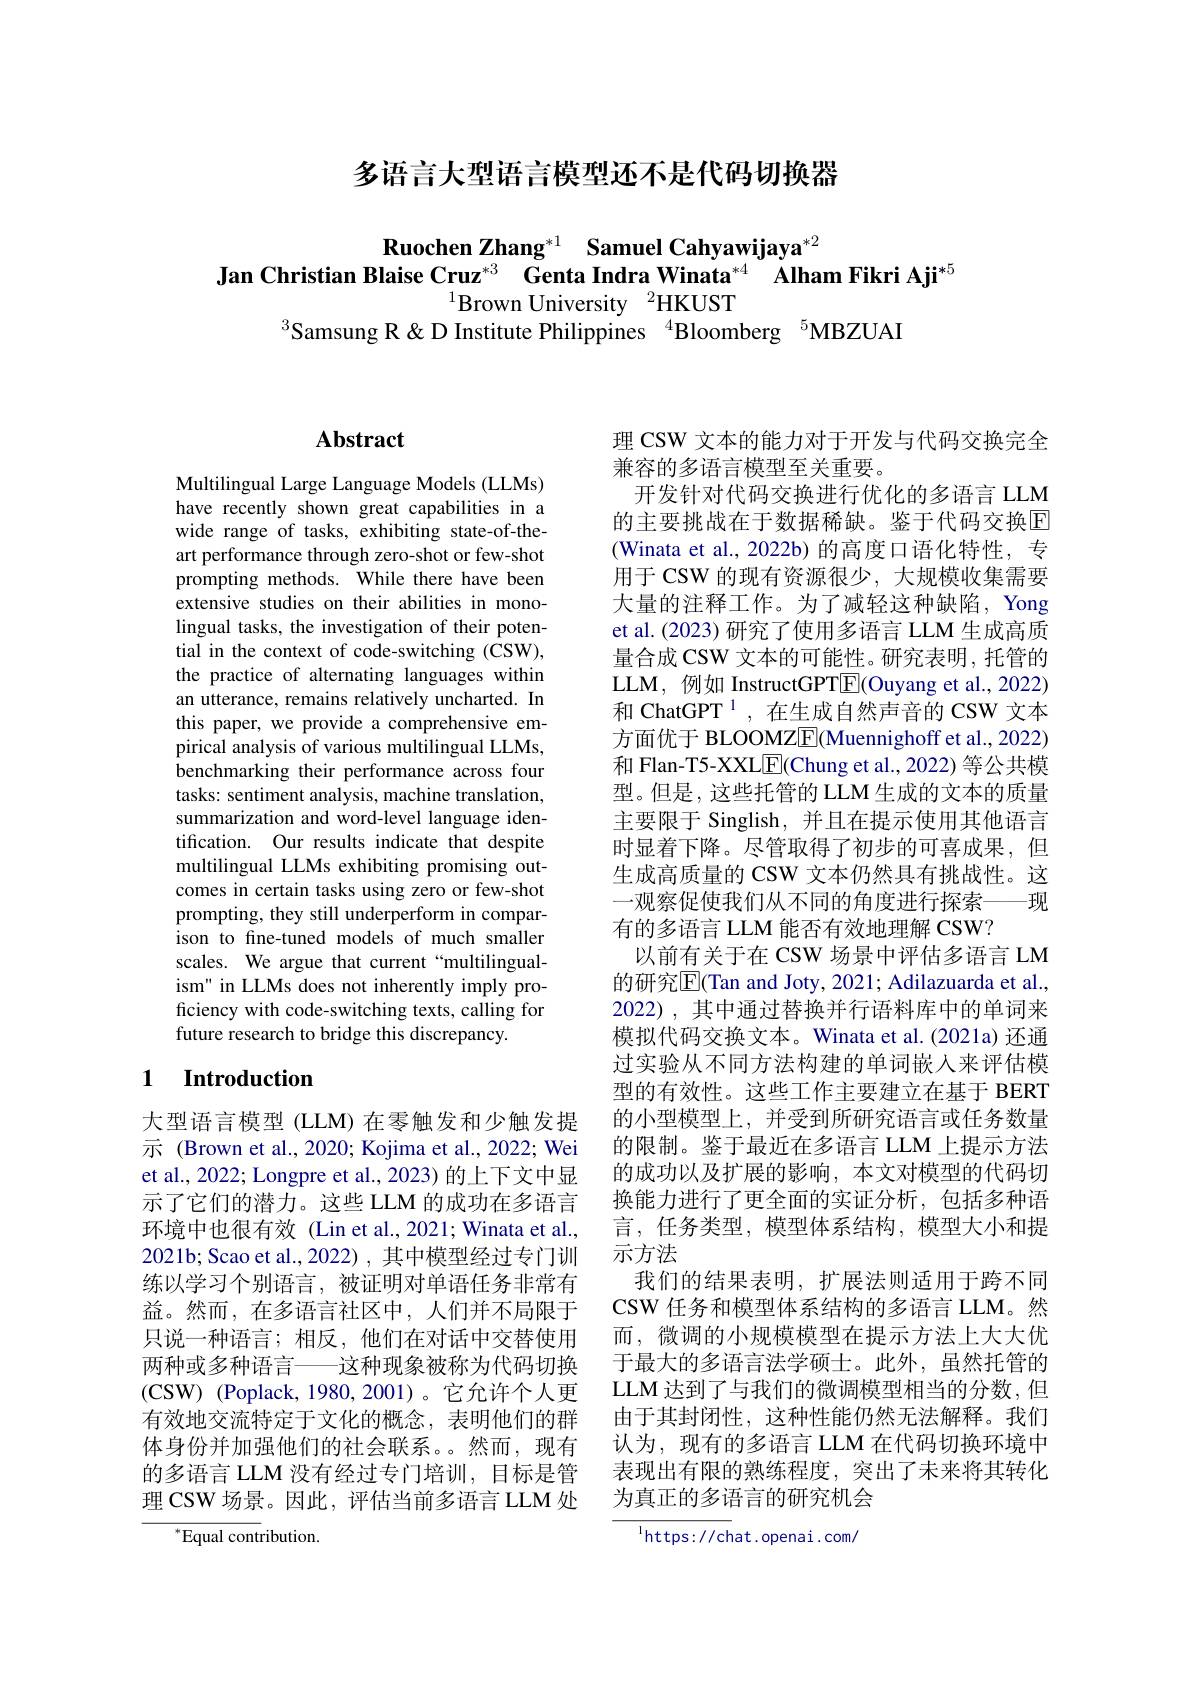
多语言大型语言模型还不是代码切换器

Ruochen Zhang$^{*1}$ Samuel Cahyawijaya$^{*2}$
Jan Christian Blaise Cruz$^{*3}$ Genta Indra Winata$^{*4}$ Alham Fikri Aji$^{*5}$
$^{1}$Brown University$^2$HKUST
$^{3}$Samsung R &D Institute Philippines$^{4}$Bloomberg$^{5}$MBZUAI

# Abstract

Multilingual Large Language Models (LLMs) have recently shown great capabilities in a wide range of tasks, exhibiting state-of-theart performance through zero-shot or few-shot prompting methods. While there have been extensive studies on their abilities in monolingual tasks, the investigation of their potential in the context of code-switching (CSW), the practice of alternating languages within an utterance, remains relatively uncharted. In this paper, we provide a comprehensive empirical analysis of various multilingual LLMs, benchmarking their performance across four tasks: sentiment analysis, machine translation, summarization and word-level language identification. Our results indicate that despite multilingual LLMs exhibiting promising outcomes in certain tasks using zero or few-shot prompting, they still underperform in comparison to fine-tuned models of much smaller scales. We argue that current“multilingualism" in LLMs does not inherently imply proficiency with code-switching texts, calling for future research to bridge this discrepancy.

## 1 $\textbf{Introduction}$

大型语言模型 (LLM) 在零触发和少触发提示 (Brown et al., 2020; Kojima et al., 2022; Wei et al., 2022; Longpre et al., 2023) 的上下文中显示了它们的潜力。这些 LLM 的成功在多语言环境中也很有效(Lin et al.,2021; Winata et al., 2021b; Scao et al., 2022) , 其中模型经过专门训练以学习个别语言，被证明对单语任务非常有益。然而，在多语言社区中，人们并不局限于只说一种语言；相反，他们在对话中交替使用两种或多种语言——这种现象被称为代码切换(CSW) (Poplack, 1980, 2001)。它允许个人更有效地交流特定于文化的概念，表明他们的群体身份并加强他们的社会联系。然而，现有的多语言 LLM 没有经过专门培训，目标是管理 CSW 场景。因此，评估当前多语言 LLM 处

${^*}{\mathrm{Equal~contribution.}}$

理 CSW 文本的能力对于开发与代码交换完全
兼容的多语言模型至关重要。
开发针对代码交换进行优化的多语言 LLM 的主要挑战在于数据稀缺。鉴于代码交换$\overline{\mathrm{E}}$ (Winata et al., 2022b) 的高度口语化特性，专用于 CSW 的现有资源很少，大规模收集需要大量的注释工作。为了减轻这种缺陷，Yong et al. (2023) 研究了使用多语言 LLM 生成高质量合成 CSW 文本的可能性。研究表明，托管的LLM, 例如 InstructGPTE(Ouyang et al., 2022) 和 ChatGPT $^{1}$ ,在生成自然声音的 CSW 文本方面优于 BLOOMZE(Muennighoff et al., 2022) 和 Flan-T5-XXL$\underline{\mathrm{E}}($Chung et al.,2022) 等公共模型。但是，这些托管的 LLM 生成的文本的质量主要限于 Singlish,并且在提示使用其他语言时显着下降。尽管取得了初步的可喜成果，但生成高质量的 CSW 文本仍然具有挑战性。这一观察促使我们从不同的角度进行探索——现有的多语言 LLM 能否有效地理解 CSW?
以前有关于在 CSW 场景中评估多语言 LM 的研究$\overline{\mathrm{E}}($Tan and Joty, 2021; Adilazuarda et al., 2022), 其中通过替换并行语料库中的单词来模拟代码交换文本。Winata et al.(2021a) 还通过实验从不同方法构建的单词嵌人来评估模型的有效性。这些工作主要建立在基于 BERT 的小型模型上，并受到所研究语言或任务数量的限制。鉴于最近在多语言 LLM 上提示方法的成功以及扩展的影响，本文对模型的代码切换能力进行了更全面的实证分析，包括多种语言，任务类型，模型体系结构，模型大小和提示方法
我们的结果表明，扩展法则适用于跨不同CSW 任务和模型体系结构的多语言 LLM。然而，微调的小规模模型在提示方法上大大优于最大的多语言法学硕士。此外，虽然托管的LLM 达到了与我们的微调模型相当的分数，但由于其封闭性，这种性能仍然无法解释。我们认为，现有的多语言 LLM 在代码切换环境中表现出有限的熟练程度，突出了未来将其转化为真正的多语言的研究机会

$^{1}$https://chat.openai.com/